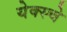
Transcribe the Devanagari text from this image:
येक्स्चे